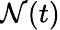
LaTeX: \mathcal{N}(t)